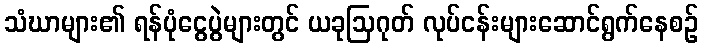
သံဃာများ၏ ရန်ပုံငွေပွဲများတွင် ယခုဩဂုတ် လုပ်ငန်းများဆောင်ရွက်နေစဉ်